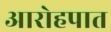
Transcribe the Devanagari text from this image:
आरोहपात